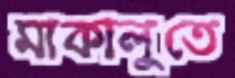
মাকালুতে